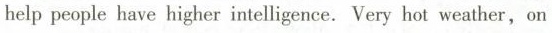
help people have higher intelligence. Very hot weather,on